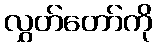
လွှတ်တော်ကို